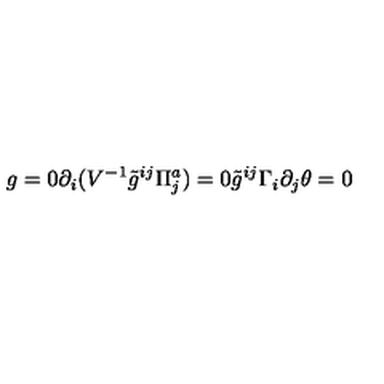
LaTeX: g = 0 \partial _ { i } ( V ^ { - 1 } { \tilde { g } } ^ { i j } \Pi _ { j } ^ { a } ) = 0 { \tilde { g } } ^ { i j } \Gamma _ { i } \partial _ { j } \theta = 0